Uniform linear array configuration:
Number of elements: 4
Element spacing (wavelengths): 0.5
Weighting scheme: exponential
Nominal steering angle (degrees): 15
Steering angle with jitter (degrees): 14.89
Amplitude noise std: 0.05
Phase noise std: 0.05

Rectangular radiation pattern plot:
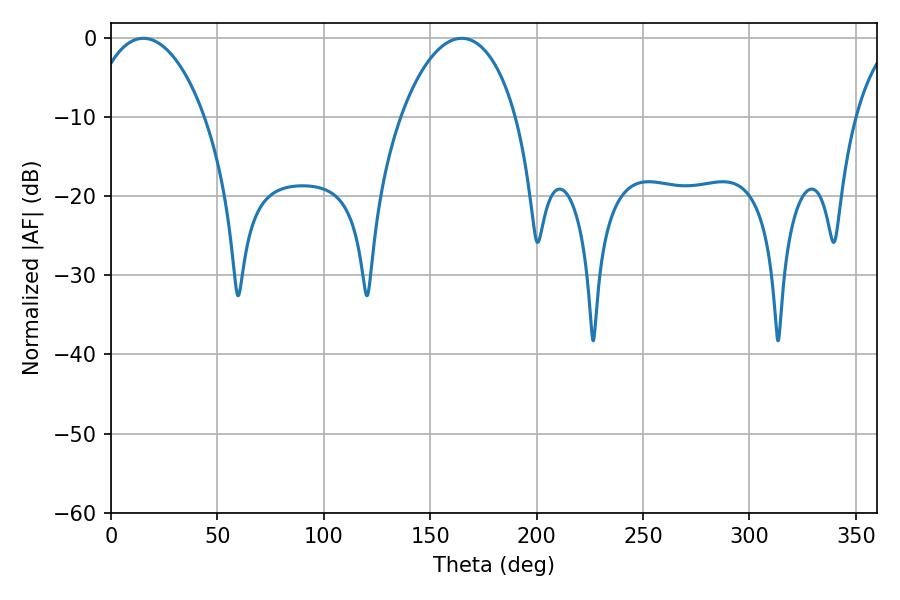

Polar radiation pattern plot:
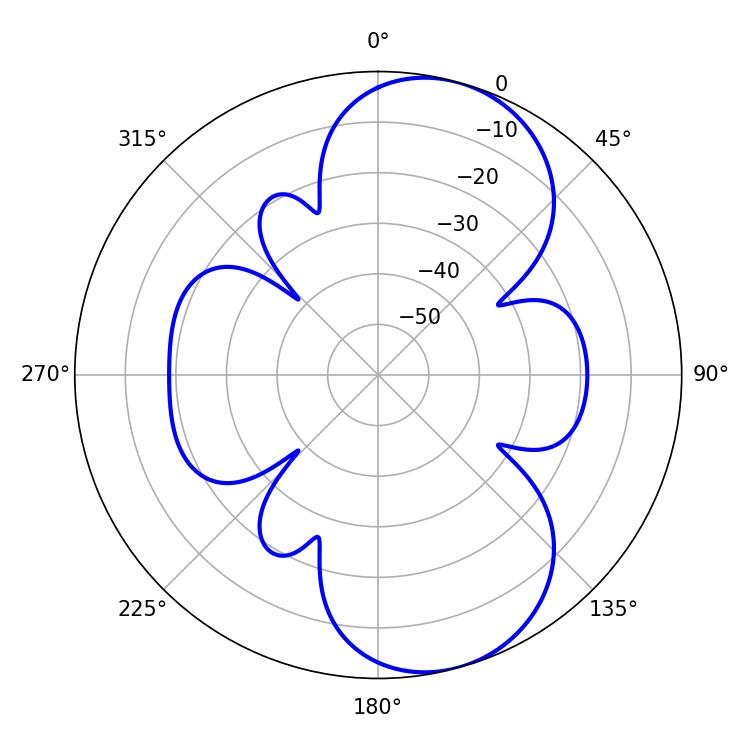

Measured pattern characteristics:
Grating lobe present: FALSE
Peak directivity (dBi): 8.276
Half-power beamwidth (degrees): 30.78
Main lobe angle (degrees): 15.12